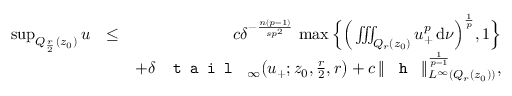
\begin{array} { r l r } { \operatorname* { s u p } _ { Q _ { \frac { r } { 2 } } ( z _ { 0 } ) } u } & { \le } & { c \delta ^ { - \frac { n ( p - 1 ) } { s p ^ { 2 } } } \, \operatorname* { m a x } \Big \{ \Big ( \iiint _ { Q _ { r } ( z _ { 0 } ) } u _ { + } ^ { p } \, \mathrm { d } \nu \Big ) ^ { \frac { 1 } { p } } , 1 \Big \} } \\ & { } & { + \delta \, \textup { \texttt { t a i l } } _ { \infty } \big ( u _ { + } ; z _ { 0 } , \frac { r } { 2 } , r \big ) + c \, \| \textup { \texttt { h } } \| _ { L ^ { \infty } ( Q _ { r } ( z _ { 0 } ) ) } ^ { \frac { 1 } { p - 1 } } , } \end{array}